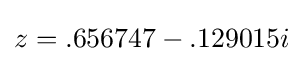
z=.656747-.129015i